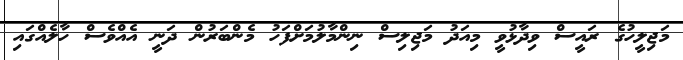
މަޖިލީހުގެ ރައީސް ވިދާޅުވީ މިއަދު މަޖިލިސް ނިންމާލުމަށްފަހު މެންބަރުން ދަނީ އެއްވެސް ހާލެއްގައި